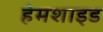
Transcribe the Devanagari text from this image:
हेमशाइड